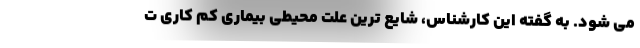
می شود. به گفته این کارشناس، شایع ترین علت محیطی بیماری کم کاری ت